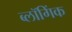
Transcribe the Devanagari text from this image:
ब्लॉगिंक